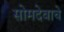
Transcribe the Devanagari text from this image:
सोमदेवाचे